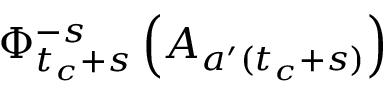
\Phi _ { t _ { c } + s } ^ { - s } \left( A _ { a ^ { \prime } ( t _ { c } + s ) } \right)